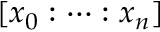
[ x _ { 0 } : \cdots : x _ { n } ]